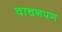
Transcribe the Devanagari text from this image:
वाचनपण